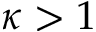
\kappa > 1